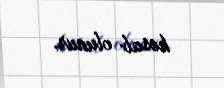
hesab olunur.